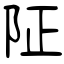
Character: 阷